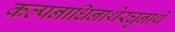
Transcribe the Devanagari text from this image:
कल्पनाधिनाथेरघुनाथे